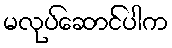
မလုပ်ဆောင်ပါက